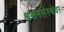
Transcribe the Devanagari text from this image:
श्वसनसंस्थेवर